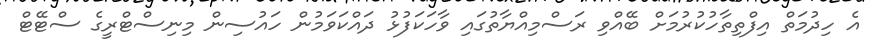
އެ ހިދުމަތް އިފްތިތާހުކުރުމަށް ބޭއްވި ރަސްމިއްޔާތުގައި ވާހަކަފުޅު ދައްކަވަމުން ހައުސިން މިނިސްޓްރީގެ ސްޓޭޓް